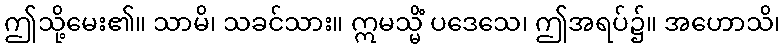
ဤသို့မေး၏။ သာမိ၊ သခင်သား။ ဣမသ္မိံ ပဒေသေ၊ ဤအရပ်၌။ အဟောသိ၊